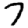
Digit: 7